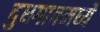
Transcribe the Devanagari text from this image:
दुधगावमध्ये